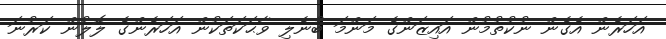
އަހަރެން އެގެން ނުކުތުމުން އައިޒަންގެ މަންމަ ބުނެލި ވާޙަކަތަކުން އަހަރެންގެ ލޮލުން ކަރުނަ